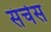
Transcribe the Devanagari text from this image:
संचेस